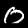
Label: 0